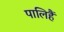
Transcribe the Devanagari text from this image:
पालिहैं